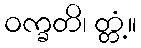
ဝက္ခတိ၊ တ္တံ့။